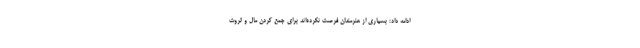
ادامه داد: بسیاری از هنرمندان فرصت نکرده‌اند برای جمع کردن مال و ثروت